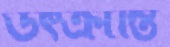
উৎক্রান্তি